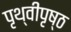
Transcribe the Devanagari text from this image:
पृथ्वीपृष्ठ